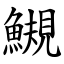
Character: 䲅